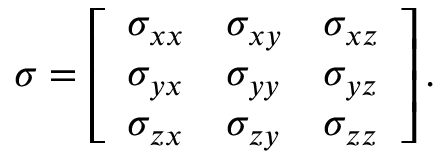
{ \boldsymbol { \sigma } } = \left[ { \begin{array} { l l l } { \sigma _ { x x } } & { \sigma _ { x y } } & { \sigma _ { x z } } \\ { \sigma _ { y x } } & { \sigma _ { y y } } & { \sigma _ { y z } } \\ { \sigma _ { z x } } & { \sigma _ { z y } } & { \sigma _ { z z } } \end{array} } \right] .